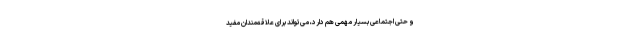
و حتّی اجتماعی بسیار مهمّی هم دارد، می‌تواند برای علاقه‌مندان مفید